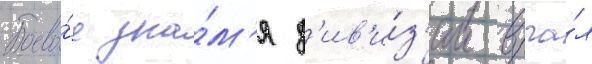
Боево́е зна́м'я д'ив'и́з'ии вруча́л